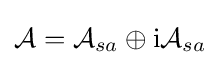
{\mathcal {A}}={\mathcal {A}}_{sa}\oplus \mathrm {i} {\mathcal {A}}_{sa}